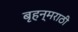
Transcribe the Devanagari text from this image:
बृहन्‌मराठी